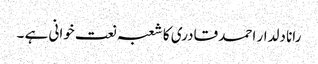
رانا دلدار احمد قادری کا شعبہ نعت خوانی ہے ۔